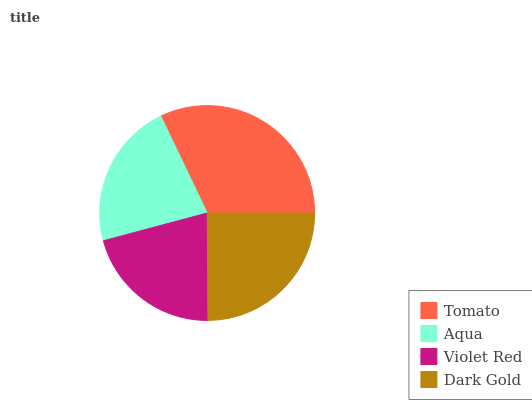
| Tomato | Aqua | Violet Red | Dark Gold |
 | --- | --- | --- | --- |
 | 32.1% | 22.1% | 21% | 24.8% |